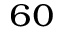
^ { 6 0 }